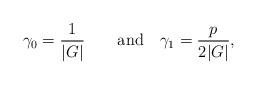
LaTeX: \begin{align*} \gamma_0 = \frac{1}{|G|} \quad\quad\mbox{and}\quad \gamma_1 = \frac{p}{2|G|},\end{align*}